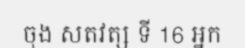
ចុង សតវត្ស ទី 16 អ្នក